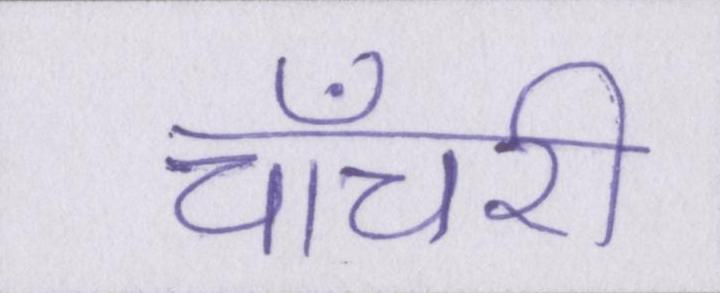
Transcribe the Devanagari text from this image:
चाँचरी